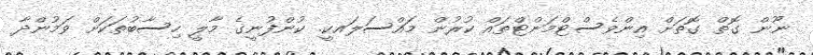
ނޫން ގޮތް ގޮތަށް އިންވެސްޓްމަންޓްތައް ކުރުން މައްސަލައކީ. ކުންފުނީގެ މާލީ ހިސާބުތަކަށް ވަމުންދާ